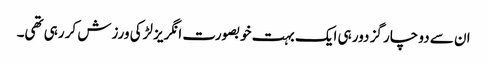
ان سے دو چار گز دور ہی ایک بہت خوبصورت انگریز لڑکی ورزش کر رہی تھی۔